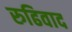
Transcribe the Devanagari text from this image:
रुढिवाद